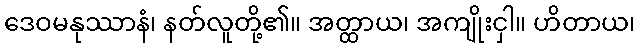
ဒေဝမနုဿာနံ၊ နတ်လူတို့၏။ အတ္ထာယ၊ အကျိုးငှါ။ ဟိတာယ၊